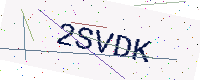
Text: 2SVDK